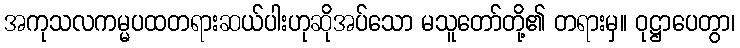
အကုသလကမ္မပထတရားဆယ်ပါးဟုဆိုအပ်သော မသူတော်တို့၏ တရားမှ။ ဝုဋ္ဌာပေတွာ၊